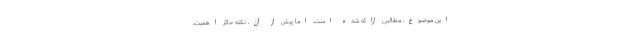
این موضوع، مطالبی ارائه شده است. اما پیش از آن، نکته حائز اهمیت،